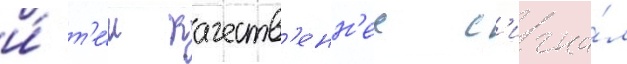
и́ т'е́м качеств'енн'ее с'игна́л